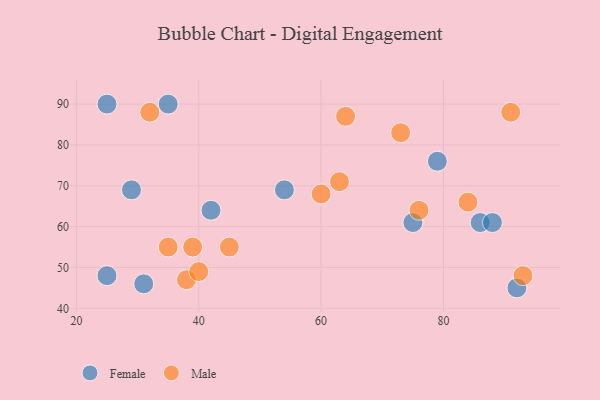
{"axis": {"x": "GDP", "y": "Life Expectancy"}, "legend": ["Female", "Male"], "data": [{"x": "92", "y": 45, "type": "Female"}, {"x": "31", "y": 46, "type": "Female"}, {"x": "75", "y": 61, "type": "Female"}, {"x": "25", "y": 48, "type": "Female"}, {"x": "42", "y": 64, "type": "Female"}, {"x": "54", "y": 69, "type": "Female"}, {"x": "79", "y": 76, "type": "Female"}, {"x": "35", "y": 90, "type": "Female"}, {"x": "29", "y": 69, "type": "Female"}, {"x": "25", "y": 90, "type": "Female"}, {"x": "86", "y": 61, "type": "Female"}, {"x": "88", "y": 61, "type": "Female"}, {"x": "93", "y": 48, "type": "Male"}, {"x": "39", "y": 55, "type": "Male"}, {"x": "64", "y": 87, "type": "Male"}, {"x": "60", "y": 68, "type": "Male"}, {"x": "38", "y": 47, "type": "Male"}, {"x": "63", "y": 71, "type": "Male"}, {"x": "32", "y": 88, "type": "Male"}, {"x": "76", "y": 64, "type": "Male"}, {"x": "84", "y": 66, "type": "Male"}, {"x": "45", "y": 55, "type": "Male"}, {"x": "35", "y": 55, "type": "Male"}, {"x": "40", "y": 49, "type": "Male"}, {"x": "91", "y": 88, "type": "Male"}, {"x": "73", "y": 83, "type": "Male"}]}